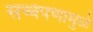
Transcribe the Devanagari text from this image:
सच्चेपणामुळे